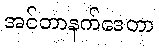
အင်တာနက်ဒေတာ